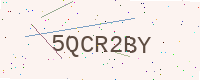
Text: 5QCR2BY